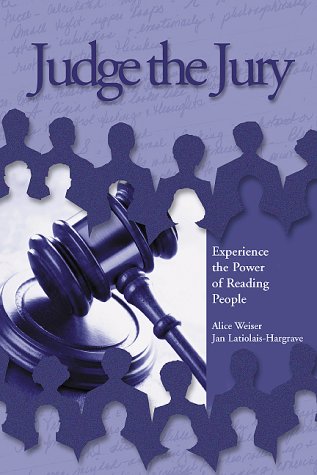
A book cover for Judge the Jury: Experience the Power of Reading People; HARGRAVE and ASSOCIATES; Law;